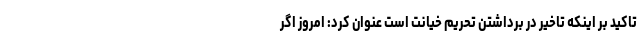
تاکید بر اینکه تاخیر در برداشتن تحریم خیانت است عنوان کرد: امروز اگر